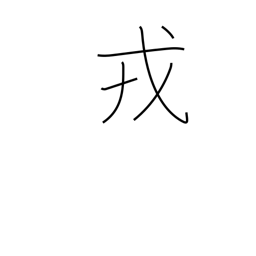
Meaning: arms